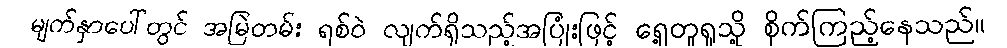
မျက်နှာပေါ်တွင် အမြဲတမ်း ရစ်ဝဲ လျက်ရှိသည့်အပြုံးဖြင့် ရှေ့တူရူသို့ စိုက်ကြည့်နေသည်။